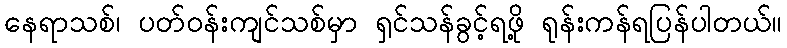
နေရာသစ်၊ ပတ်ဝန်းကျင်သစ်မှာ ရှင်သန်ခွင့်ရဖို့ ရုန်းကန်ရပြန်ပါတယ်။